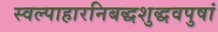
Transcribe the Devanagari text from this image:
स्वल्पाहारनिबद्धशुद्धवपुषां